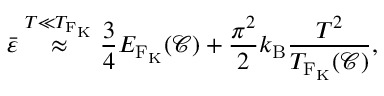
\bar { \varepsilon } \overset { T \ll T _ { \mathrm { F _ { \mathrm { K } } } } } { \approx } \frac { 3 } { 4 } E _ { \mathrm { F _ { \mathrm { K } } } } ( \mathcal { C } ) + \frac { \pi ^ { 2 } } { 2 } k _ { \mathrm { B } } \frac { T ^ { 2 } } { T _ { \mathrm { F _ { \mathrm { K } } } } ( \mathcal { C } ) } ,